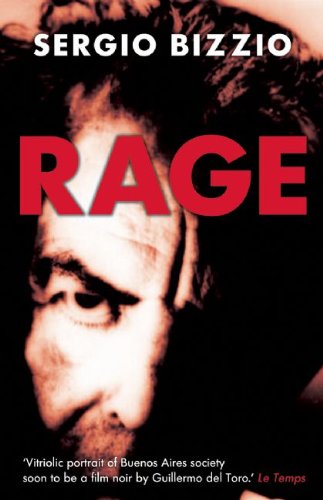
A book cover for Rage; Sergio Bizzio; Travel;